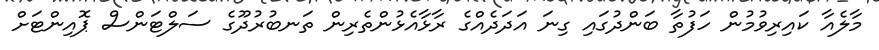
މާލެއާ ކައިރިވުމުން ހަފުތާ ބަންދުގައި ގިނަ އަދަދެއްގެ ރާޅާއެޅުންތެރިން ތަނބުރުދޫގެ ސަލްޓަންސް ޕޮއިންޓަށް